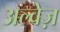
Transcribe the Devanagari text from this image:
अल्वेज़